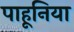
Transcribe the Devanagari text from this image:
पाहूनिया